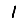
Digit: 1